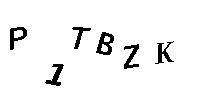
P1TBZK